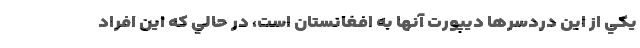
يكي از اين دردسرها ديپورت آنها به افغانستان است، در حالي كه اين افراد